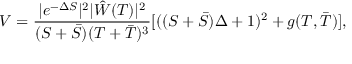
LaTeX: V = \frac { | e ^ { - \Delta S } | ^ { 2 } | \hat { W } ( T ) | ^ { 2 } } { ( S + \bar { S } ) ( T + \bar { T } ) ^ { 3 } } [ ( ( S + \bar { S } ) \Delta + 1 ) ^ { 2 } + g ( T , \bar { T } ) ] ,